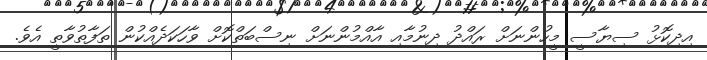
އިދިކޮޅު ސިޔާސީ މީހުންނަށް ރައްދު ދިނުމާއި އާއްމުންނަށް ނިސްބަތްކޮށް ވާހަކަދެއްކުން ތަފާތުވާތީ އެވެ.